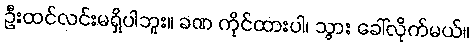
ဦးထင်လင်းမရှိပါဘူး။ ခဏ ကိုင်ထားပါ၊ သွား ခေါ်လိုက်မယ်။